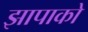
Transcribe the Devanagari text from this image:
झापाको